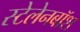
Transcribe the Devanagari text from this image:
स्टेलेनबॉश